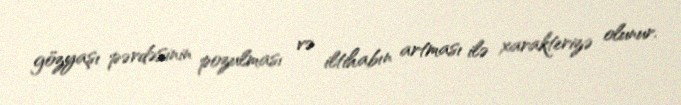
gözyaşı pərdəsinin pozulması və iltihabın artması ilə xarakterizə olunur.